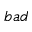
b a d